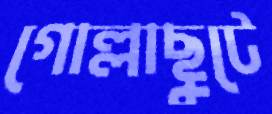
গোল্লাছুটে